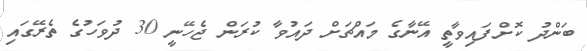
ބަންދު ކޮށްފައިވާތީ އޭނާގެ މައްޗަށް ދައުވާ ކުރަން ޖެހޭނީ 30 ދުވަހުގެ ތެރޭގައި